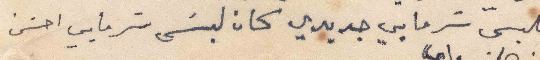
يلبس سرمايي جديدي كان لبَس سَرمايي احسن